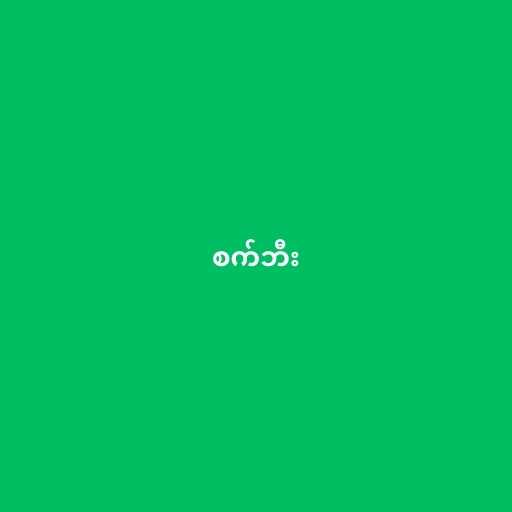
စက်ဘီး